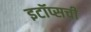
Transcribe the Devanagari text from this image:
इटॉप्सची